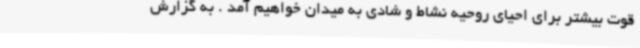
قوت بیشتر برای احیای روحیه نشاط و شادی به میدان خواهیم آمد . به گزارش